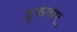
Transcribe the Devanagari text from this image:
ठुकवाए